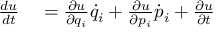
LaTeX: \begin{array} { r l } { { \frac { d u } { d t } } } & { { } = { \frac { \partial u } { \partial q _ { i } } } { \dot { q } } _ { i } + { \frac { \partial u } { \partial p _ { i } } } { \dot { p } } _ { i } + { \frac { \partial u } { \partial t } } } \end{array}